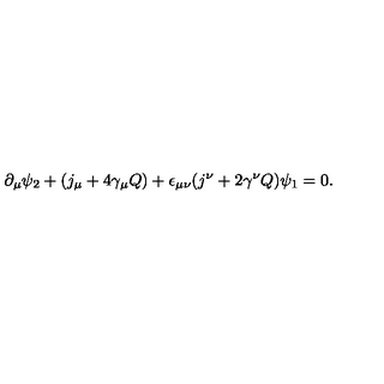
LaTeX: \partial _ { \mu } \psi _ { 2 } + ( j _ { \mu } + 4 \gamma _ { \mu } Q ) + \epsilon _ { \mu \nu } ( j ^ { \nu } + 2 \gamma ^ { \nu } Q ) \psi _ { 1 } = 0 .